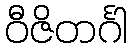
ဝီဇိတင်္ဂါ